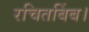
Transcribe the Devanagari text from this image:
रचितबिंब।